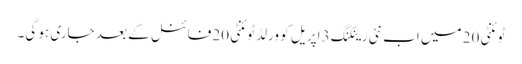
ٹوئنٹی 20 میں اب نئی رینکنگ 3 اپریل کو ورلڈ ٹوئنٹی 20فائنل کے بعد جاری ہو گی۔